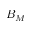
B _ { M }